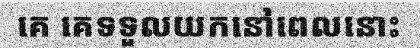
គេ គេទទួលយកនៅពេលនោះ